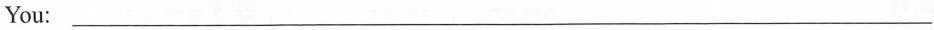
You:___